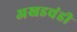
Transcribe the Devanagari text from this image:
अखडचंडी